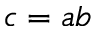
c = a b